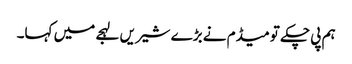
ہم پی چکے تو میڈم نے بڑے شیریں لہجے میں کہا۔